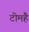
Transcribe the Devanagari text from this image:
टीमहै